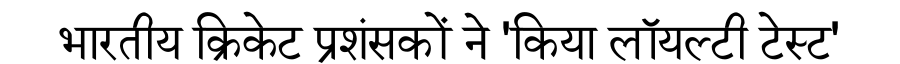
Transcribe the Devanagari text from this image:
भारतीय क्रिकेट प्रशंसकों ने 'किया लॉयल्टी टेस्ट'